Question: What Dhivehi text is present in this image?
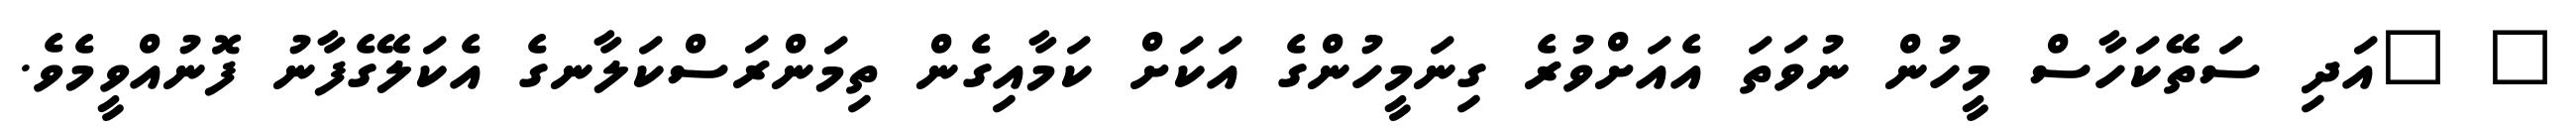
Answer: " "އަދި ސަތޭކަހާސް މީހުން ނުވަތަ އެއަށްވުރެ ގިނަމީހުންގެ އަކަށް ކަމާއިގެން ތިމަންރަސްކަލާނގެ އެކަލޭގެފާނު ފޮނުއްވީމެވެ.